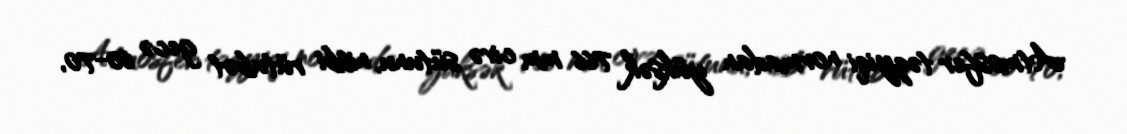
Atmosfer təzyiqi normadan yüksək 766 mm civə sütunu, nisbi rütubət gecə 60-70,